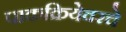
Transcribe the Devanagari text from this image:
पाकक्रियेवरचे